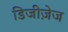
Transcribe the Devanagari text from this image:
डिजीज़ेज